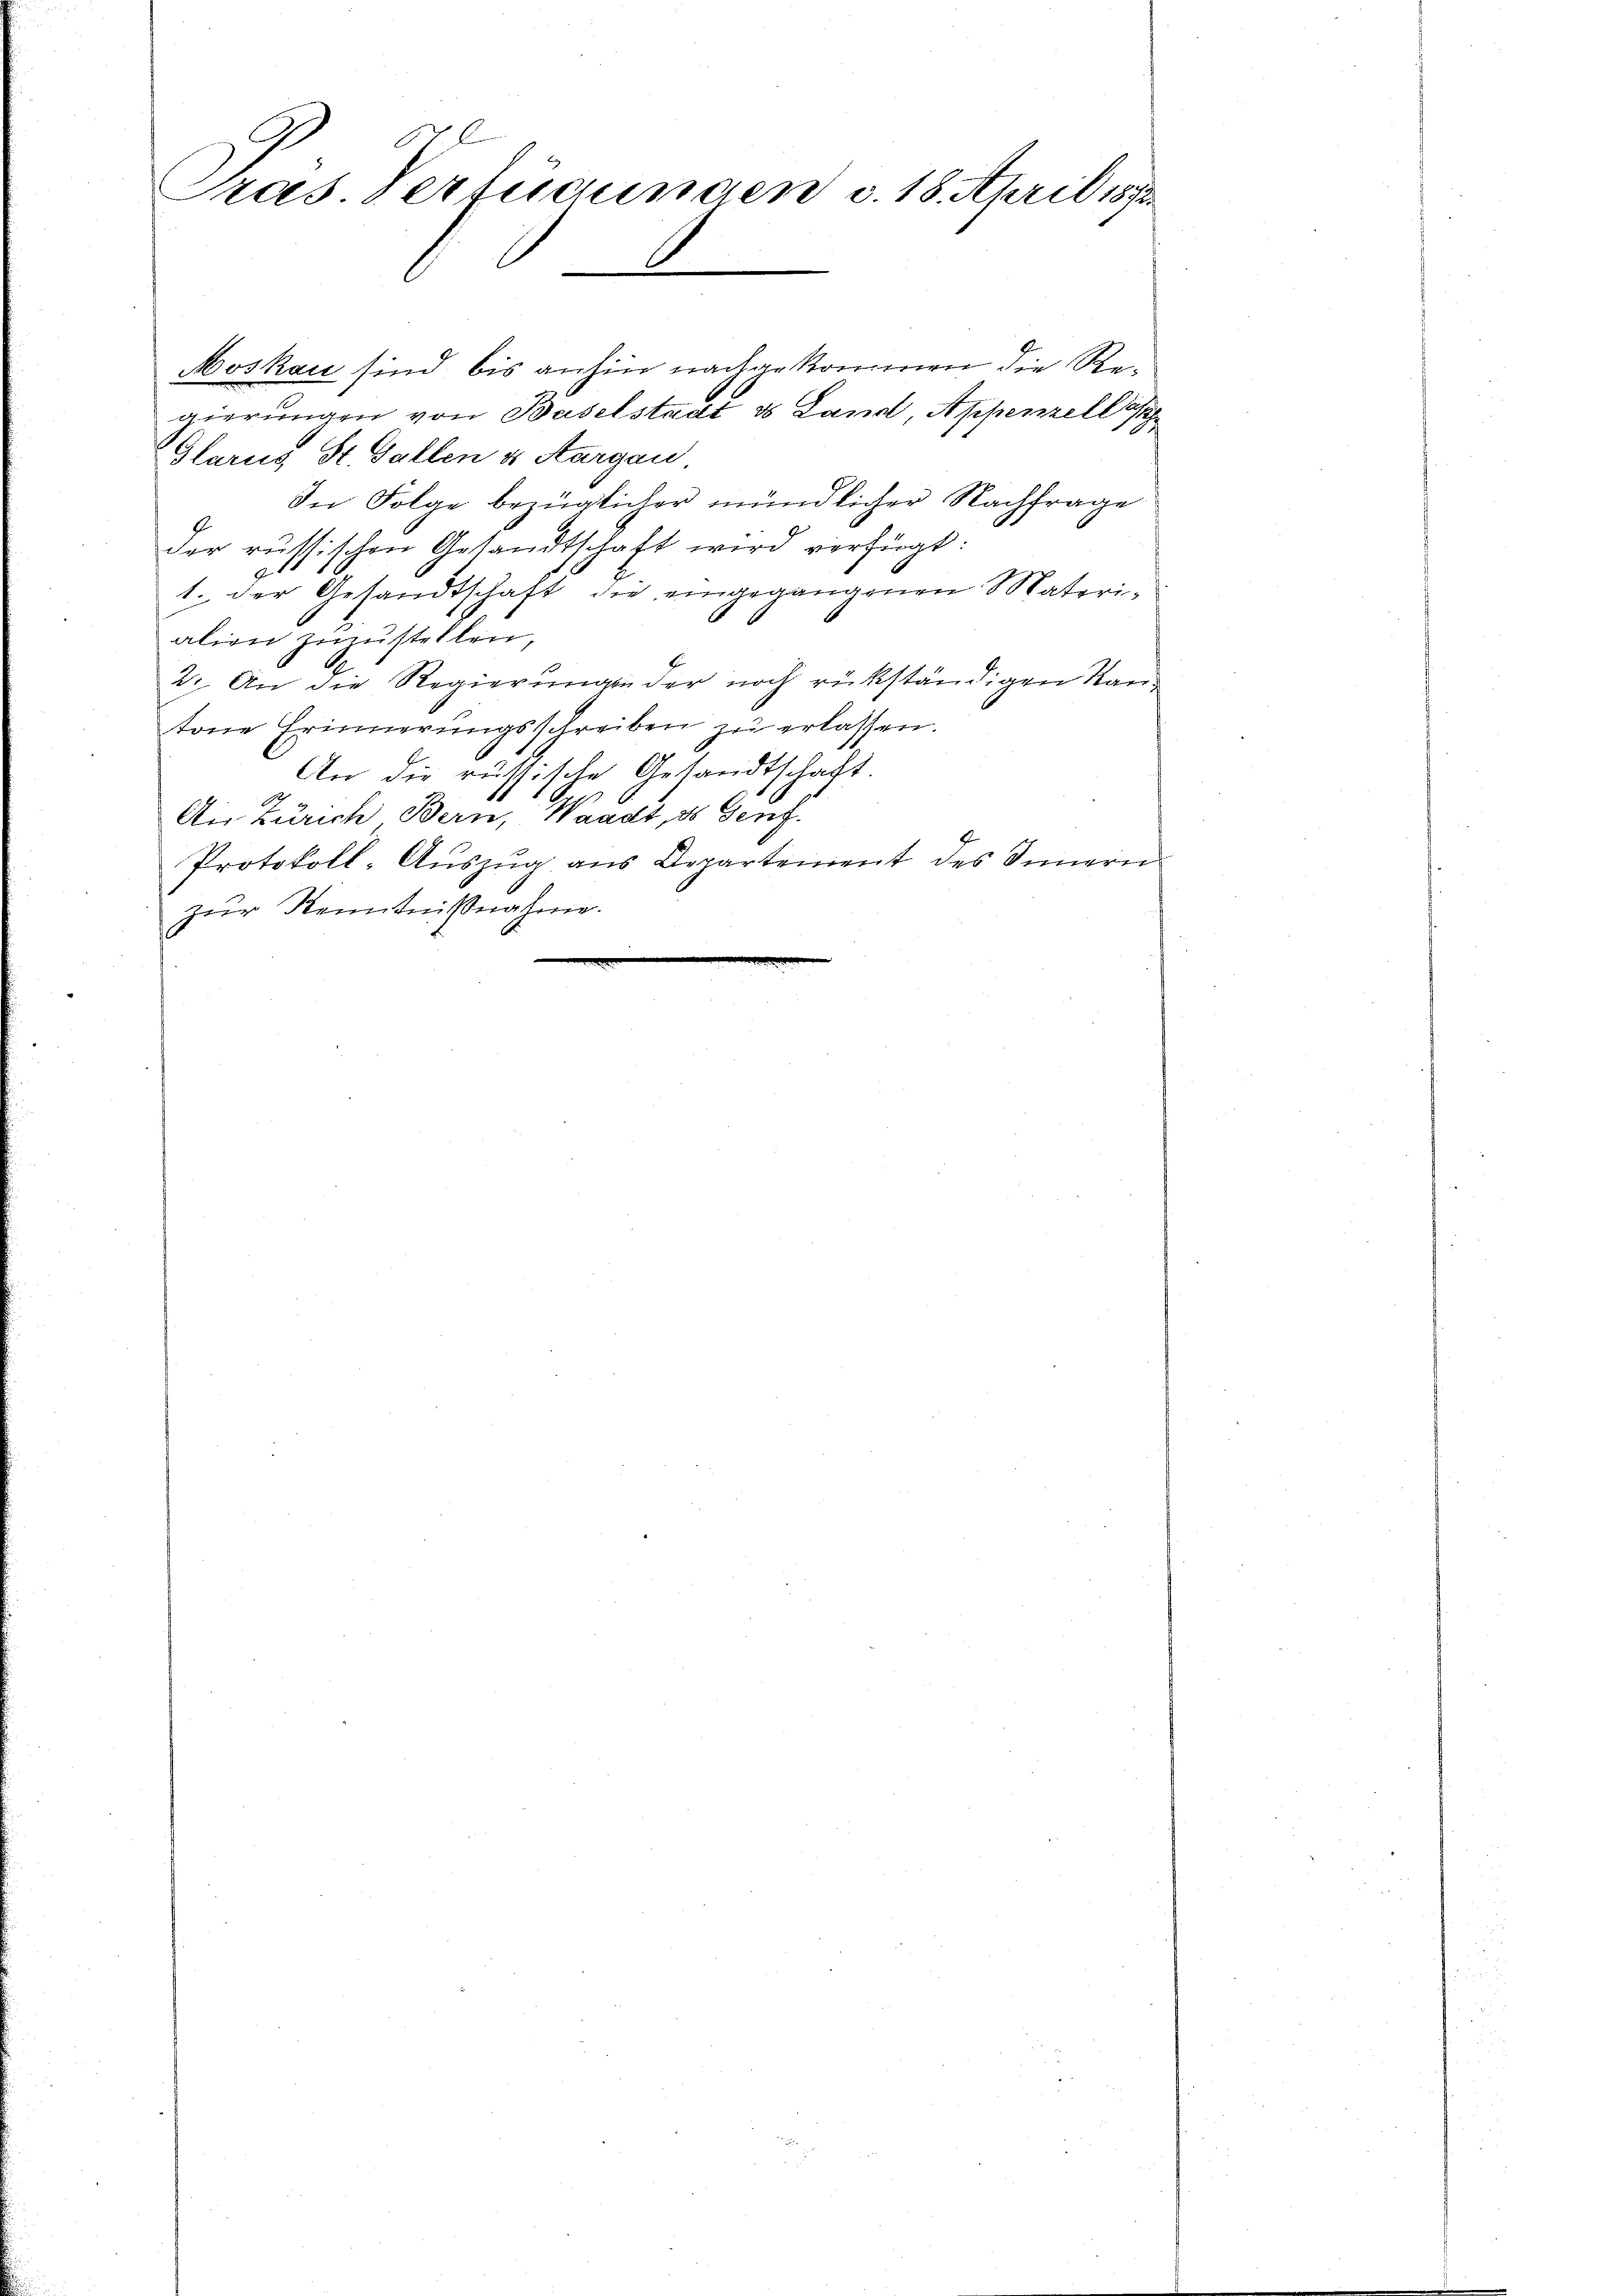
s
Pras. Verfügungen d. 18. April 1873.
.

Moskau sind bis anhin nachgekommen die Regierungen von Baselstadt & Land, Appenzella
Glarus St. Gallen & Aargau
In Folge bezüglicher mündlicher Nachfrage
der russischen Gesandtschaft wird verfügt:
1. der Gesandtschaft die eingegangenen Materialion zuzustellen,
27. An die Regierungen der noch rückständigen Kantone Erinnerungsschreiben zŭ erlassen.
An die russische Gesandtschaft.
Aus Zürich Bern, Waadt, ds Genf.
Protokoll-Aŭszŭg ans Departement des Innern
zŭr Kenntnißnahme.